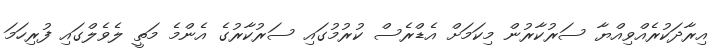
އިރާދަކުރެއްވިއްޔާ ސަރުކާރުން މިކަމަށް އެޑްރެސް ކުރުމުގައި ސަރުކާރުގެ އެންމެ މަތީ ލެވެލްގައި ފުރިހަމަ